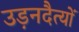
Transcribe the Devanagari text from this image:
उड़नदैत्यों